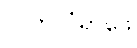
လိုက်လံရှာဖွေ